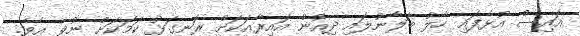
އައިސް އުޅެފައި ހާލު ބަލާނުލައި ދިއުން އައިރާއަކަށް ރަނގަޅު ކަމަކަށް ނުވި އެވެ.